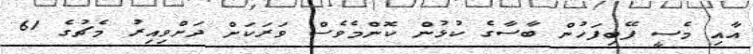
އާއި މެސީ ފޭބިފަހުން ބާސާގެ ކުޅުން ކޮންމެވެސް ވަރަކަށް ދަށްވިއިރު މެޗުގެ 61